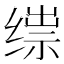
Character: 𬘼